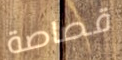
قصاصة